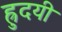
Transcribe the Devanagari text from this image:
ह्रुदयी